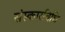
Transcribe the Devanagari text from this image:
संस्कारविधि